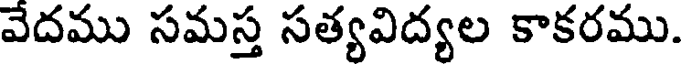
వేదము సమస్త సత్యవిద్యల కాకరము.